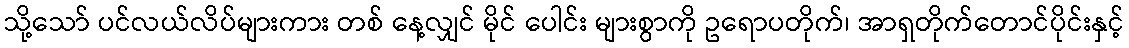
သို့သော် ပင်လယ်လိပ်များကား တစ် နေ့လျှင် မိုင် ပေါင်း များစွာကို ဥရောပတိုက်၊ အာရှတိုက်တောင်ပိုင်းနှင့်